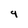
Character: 9